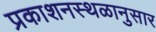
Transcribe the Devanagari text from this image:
प्रकाशनस्थळानुसार